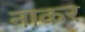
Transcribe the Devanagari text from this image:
नाकर